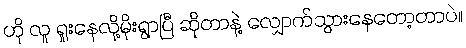
ဟို လူ ရူးနေလို့မိုးရွာပြီ ဆိုတာနဲ့ လျှောက်သွားနေတော့တာပဲ။